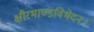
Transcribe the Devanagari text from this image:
क्षीरभाण्डविभेदनः।